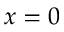
x = 0